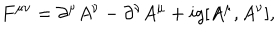
F ^ { \mu \nu } = \partial ^ { \mu } A ^ { \nu } - \partial ^ { \nu } A ^ { \mu } + i g [ A ^ { \mu } , A ^ { \nu } ] ,